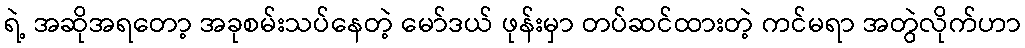
ရဲ့ အဆိုအရတော့ အခုစမ်းသပ်နေတဲ့ မော်ဒယ် ဖုန်းမှာ တပ်ဆင်ထားတဲ့ ကင်မရာ အတွဲလိုက်ဟာ